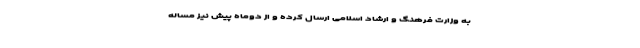
به وزارت فرهنگ و ارشاد اسلامی ارسال کرده و از دوماه پیش نیز مساله